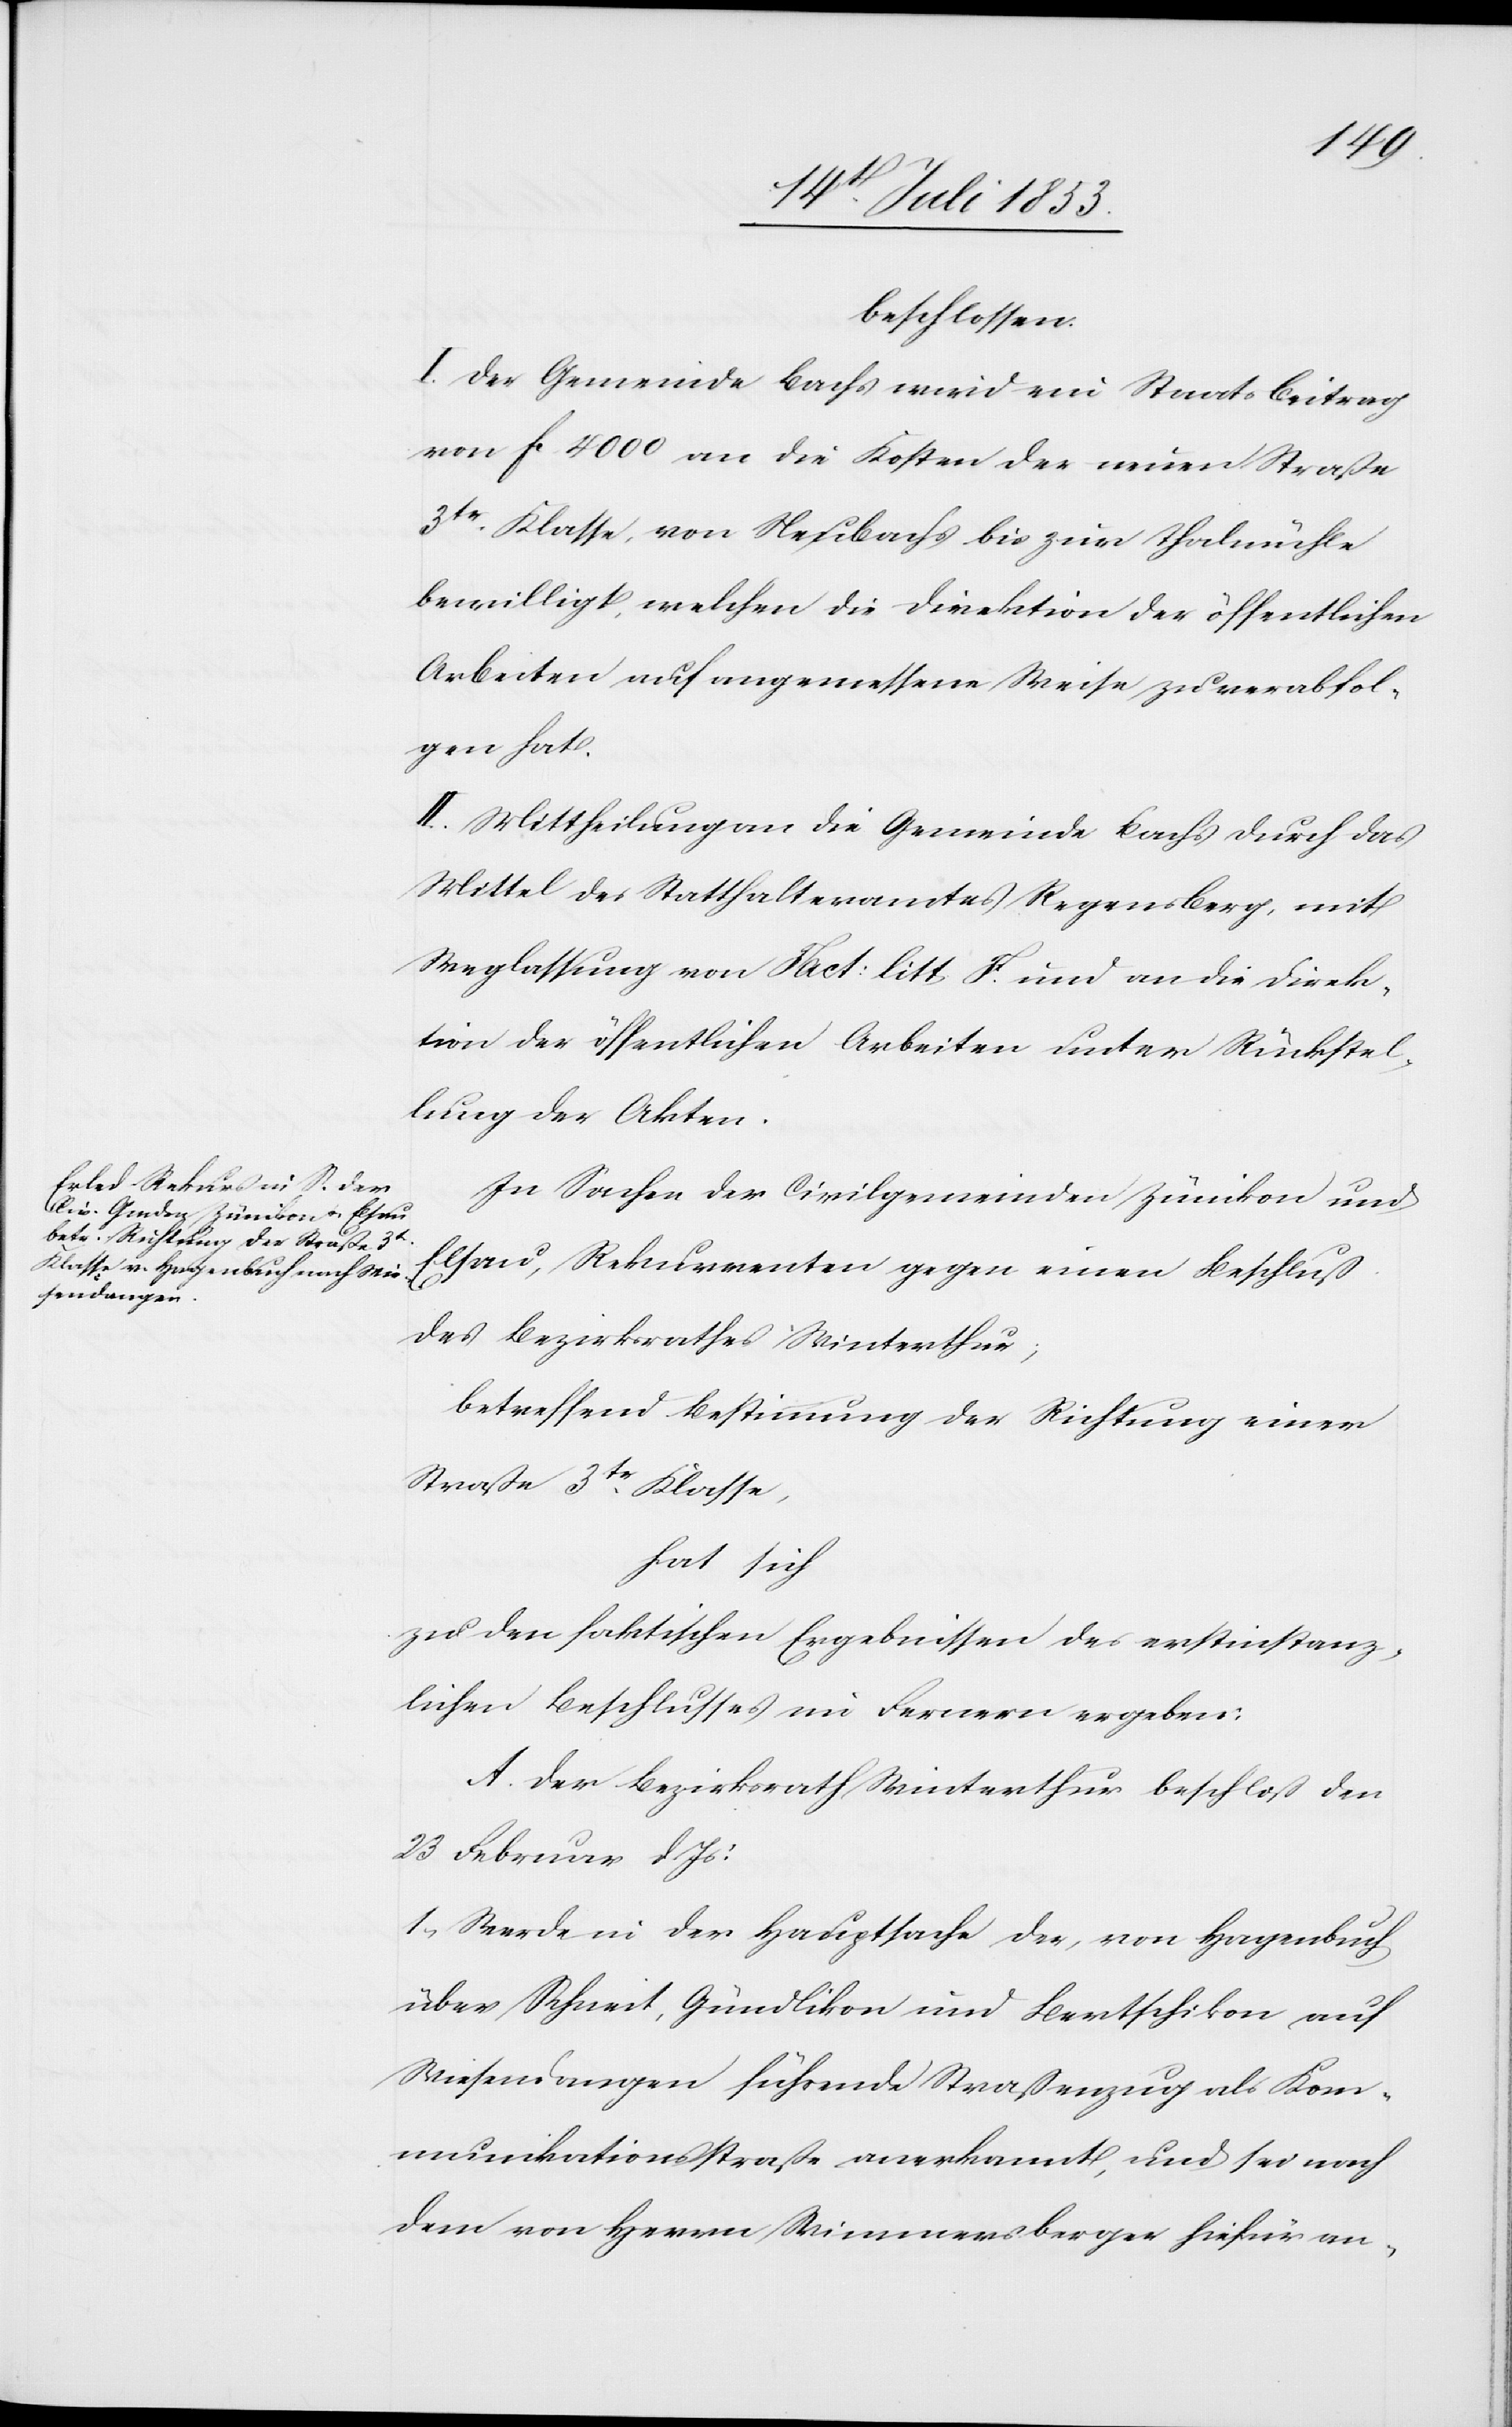
beschlossen:
I. Der Gemeinde Bachs wird ein Staatsbeitrag
von fc. 4000. an die Kosten der neuen Straße
3tr Klasse, von Neubachs bis zur Thalmühle
bewilligt, welchen die Direktion der öffentlichen
Arbeiten auf angemessene Weise zu verabfol¬
gen hat.
II. Mittheilung an die Gemeinde Bachs durch das
Mittel des Statthalteramtes Regensberg, mit
Weglassung von Fact: litt. F. und an die Direk¬
tion der öffentlichen Arbeiten unter Rückstel¬
lung der Akten.
In Sachen der Civilgemeinden Zümikon und
Elsau, Rekurrenten gegen einen Beschluß
des Bezirksrathes Winterthur;
betreffend Bestimmung der Richtung einer
Straße 3tr Klasse,
hat sich
zu den faktischen Ergebnissen des erstinstanz¬
lichen Beschlusses im Fernern ergeben:
A. Der Bezirksrath Winterthur beschloß den
23 Februar d. Js.:
1, Werde in der Hauptsache der von Hagenbuch
über Schneit, Gündlikon und Bertschikon auf
Wiesendangen führende Straßenzug als Kom¬
munikationsstraße anerkannt, und sei nach
dem von Herrn Wimmersberger hiefür an-